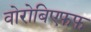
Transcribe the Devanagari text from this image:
वोरोबिएफफ